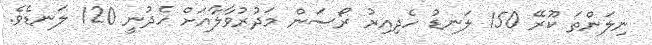
ނިލަންތަ ކޫރޭ 150 ލަނޑު ހެދިއިރު ރޯސަން މަދުރުވާލާއަށް ހެދުނީ 120 ލަނޑެވެ.